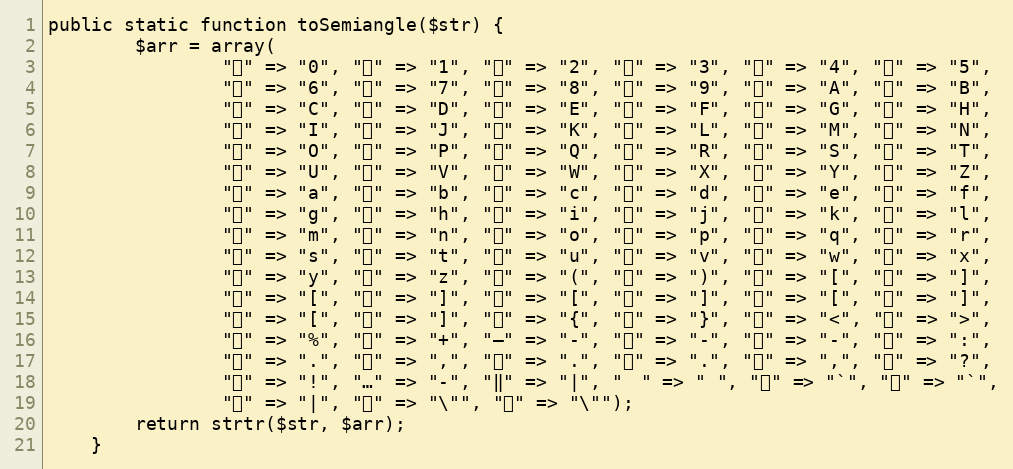
Language: PHP
public static function toSemiangle($str) {
		$arr = array(
				"０" => "0", "１" => "1", "２" => "2", "３" => "3", "４" => "4", "５" => "5",
				"６" => "6", "７" => "7", "８" => "8", "９" => "9", "Ａ" => "A", "Ｂ" => "B",
				"Ｃ" => "C", "Ｄ" => "D", "Ｅ" => "E", "Ｆ" => "F", "Ｇ" => "G", "Ｈ" => "H",
				"Ｉ" => "I", "Ｊ" => "J", "Ｋ" => "K", "Ｌ" => "L", "Ｍ" => "M", "Ｎ" => "N",
				"Ｏ" => "O", "Ｐ" => "P", "Ｑ" => "Q", "Ｒ" => "R", "Ｓ" => "S", "Ｔ" => "T",
				"Ｕ" => "U", "Ｖ" => "V", "Ｗ" => "W", "Ｘ" => "X", "Ｙ" => "Y", "Ｚ" => "Z",
				"ａ" => "a", "ｂ" => "b", "ｃ" => "c", "ｄ" => "d", "ｅ" => "e", "ｆ" => "f",
				"ｇ" => "g", "ｈ" => "h", "ｉ" => "i", "ｊ" => "j", "ｋ" => "k", "ｌ" => "l",
				"ｍ" => "m", "ｎ" => "n", "ｏ" => "o", "ｐ" => "p", "ｑ" => "q", "ｒ" => "r",
				"ｓ" => "s", "ｔ" => "t", "ｕ" => "u", "ｖ" => "v", "ｗ" => "w", "ｘ" => "x",
				"ｙ" => "y", "ｚ" => "z", "（" => "(", "）" => ")", "［" => "[", "］" => "]",
				"【" => "[", "】" => "]", "〖" => "[", "〗" => "]", "「" => "[", "」" => "]",
				"『" => "[", "』" => "]", "｛" => "{", "｝" => "}", "《" => "<", "》" => ">",
				"％" => "%", "＋" => "+", "—" => "-", "－" => "-", "～" => "-", "：" => ":",
				"。" => ".", "、" => ",", "，" => ".", "、" => ".", "；" => ",", "？" => "?",
				"！" => "!", "…" => "-", "‖" => "|", "　" => " ", "＇" => "`", "｀" => "`",
				"｜" => "|", "〃" => "\"", "＂" => "\"");
		return strtr($str, $arr);
	}